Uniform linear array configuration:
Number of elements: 4
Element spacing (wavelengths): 0.5
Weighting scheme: uniform
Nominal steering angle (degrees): -30
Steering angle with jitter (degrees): -31.225
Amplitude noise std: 0.05
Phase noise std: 0.05

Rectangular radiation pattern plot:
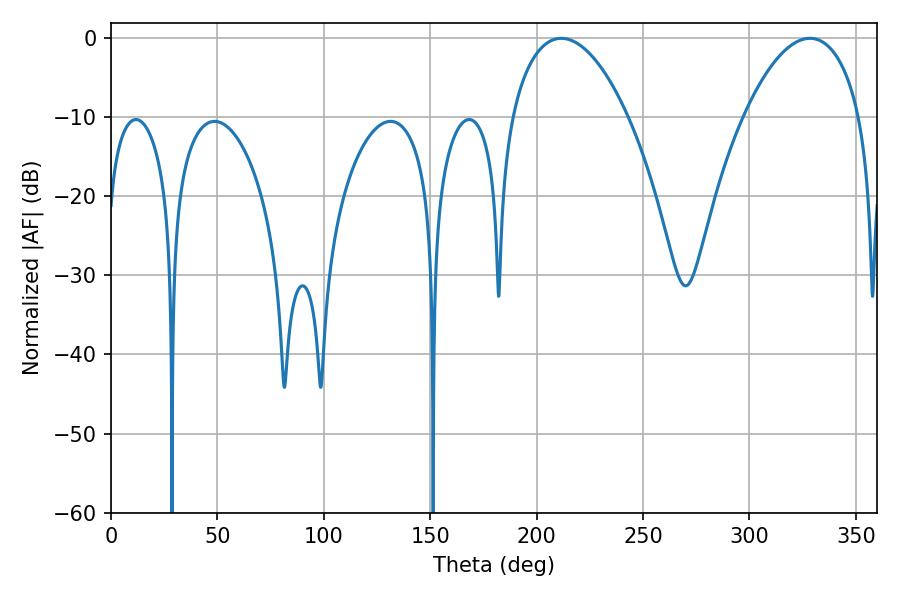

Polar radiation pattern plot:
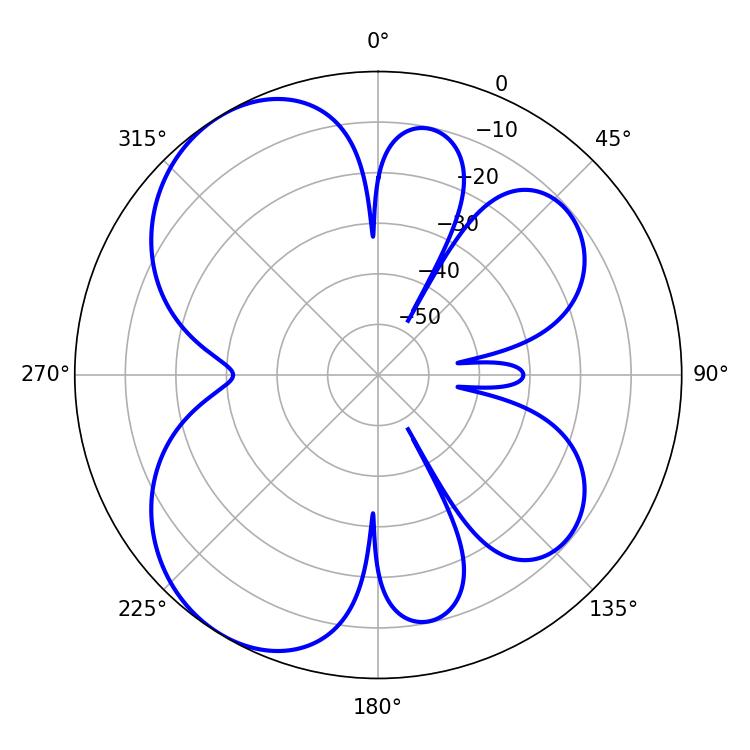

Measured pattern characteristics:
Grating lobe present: FALSE
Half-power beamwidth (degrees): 30.6
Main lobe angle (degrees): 211.5